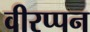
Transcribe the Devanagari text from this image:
वीरप्पन